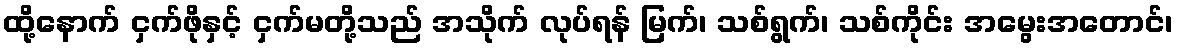
ထို့နောက် ငှက်ဖိုနှင့် ငှက်မတို့သည် အသိုက် လုပ်ရန် မြက်၊ သစ်ရွက်၊ သစ်ကိုင်း အမွေးအတောင်၊